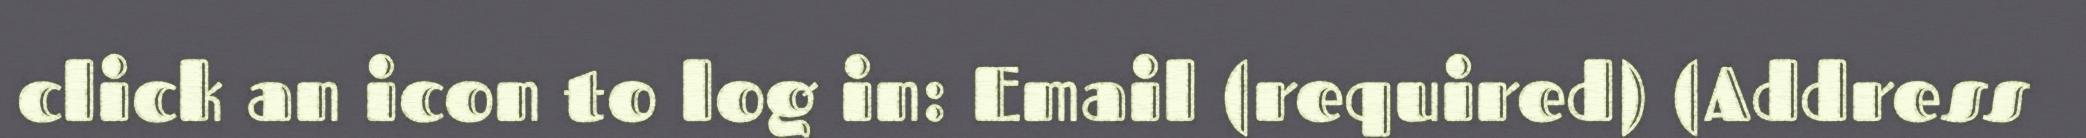
click an icon to log in: Email (required) (Address